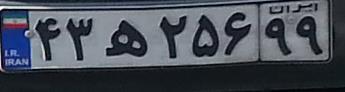
۴۳ه۲۵۶۹۹